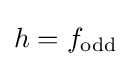
h=f_{\text{odd}}